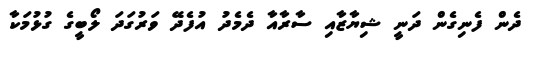
ދެން ފެނިގެން ދަނީ ޝިޔާޒާއި ސާރާއާ ދެމެދު އުފެދޭ ވަރުގަދަ ލޯބީގެ ގުޅުމަކާ